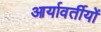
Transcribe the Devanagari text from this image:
आर्यावर्तीयों